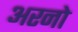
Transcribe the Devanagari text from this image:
अरनो